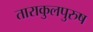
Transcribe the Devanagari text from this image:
ताराकुलपुरुष